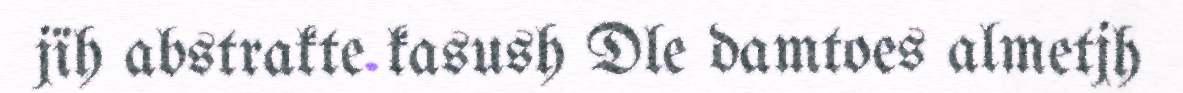
jïh abstrakte kasush Dle damtoes almetjh